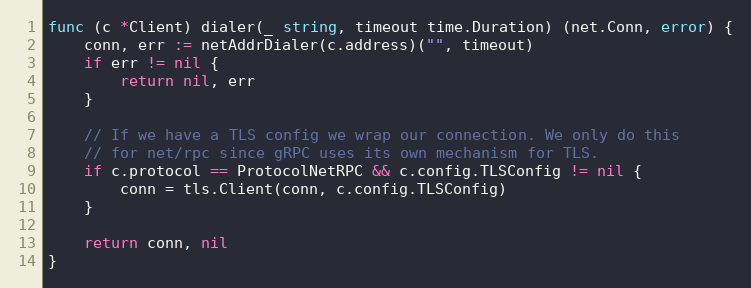
Language: Go
func (c *Client) dialer(_ string, timeout time.Duration) (net.Conn, error) {
	conn, err := netAddrDialer(c.address)("", timeout)
	if err != nil {
		return nil, err
	}

	// If we have a TLS config we wrap our connection. We only do this
	// for net/rpc since gRPC uses its own mechanism for TLS.
	if c.protocol == ProtocolNetRPC && c.config.TLSConfig != nil {
		conn = tls.Client(conn, c.config.TLSConfig)
	}

	return conn, nil
}